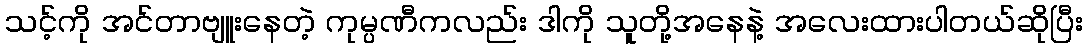
သင့်ကို အင်တာဗျူးနေတဲ့ ကုမ္ပဏီကလည်း ဒါကို သူတို့အနေနဲ့ အလေးထားပါတယ်ဆိုပြီး